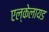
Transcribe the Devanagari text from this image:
एल्केलायड